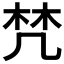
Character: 𣑽